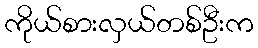
ကိုယ်စားလှယ်တစ်ဦးက